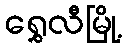
ရွှေလီမြို့